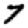
Digit: 7